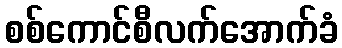
စစ်ကောင်စီလက်အောက်ခံ